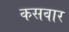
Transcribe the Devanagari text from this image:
कसवार